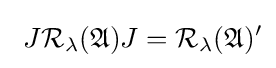
\,\,J{\cal {R}}_{\lambda }({\mathfrak {A}})J={\cal {R}}_{\lambda }({\mathfrak {A}})^{\prime }